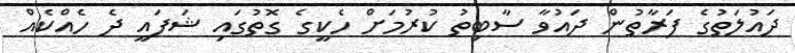
ދައުލަތުގެ ފަރާތުން ދައުވާ ސާބިތު ކުރުމަށް ހެކީގެ ގޮތުގައި ޝަފައީ ދެ ހެއްކެއް